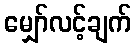
မျှော်လင့်ချက်